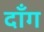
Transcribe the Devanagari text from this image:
दॉंग